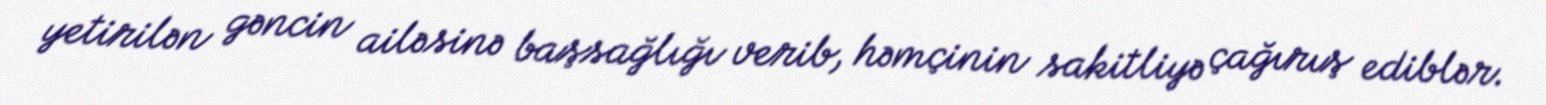
yetirilən gəncin ailəsinə başsağlığı verib, həmçinin sakitliyə çağırış ediblər.